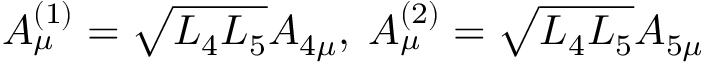
A _ { \mu } ^ { ( 1 ) } = \sqrt { L _ { 4 } L _ { 5 } } A _ { 4 \mu } , \; A _ { \mu } ^ { ( 2 ) } = \sqrt { L _ { 4 } L _ { 5 } } A _ { 5 \mu }